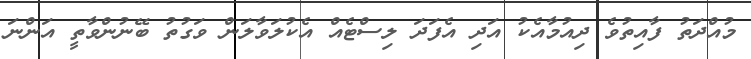
މުއްދަތު ފާއިތުވެ ދިއުމާއެކު އަދި އެފަދަ ލިސްޓެއް އެކުލަވާލަން ވަގުތު ބޭނުންވާތީ އަންނަ